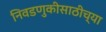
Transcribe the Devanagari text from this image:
निवडणुकीसाठीच्या